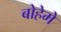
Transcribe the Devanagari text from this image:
बोहेमे